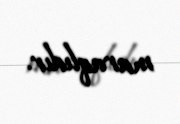
maraqlıdır.